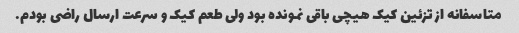
متاسفانه از تزئین کیک هیچی باقی نمونده بود ولی طعم کیک و سرعت ارسال راضی بودم.